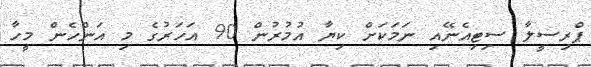
ޕްރިސީލާ ސިޓިއެނޭއި ނަމަކަށް ކިޔާ އުމުރުން 90 އަހަރުގެ މި އަންހެން މީހާ